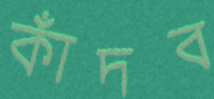
কাঁদব